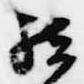
結